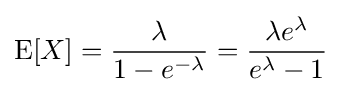
\operatorname {E} [X]={\frac {\lambda }{1-e^{-\lambda }}}={\frac {\lambda e^{\lambda }}{e^{\lambda }-1}}